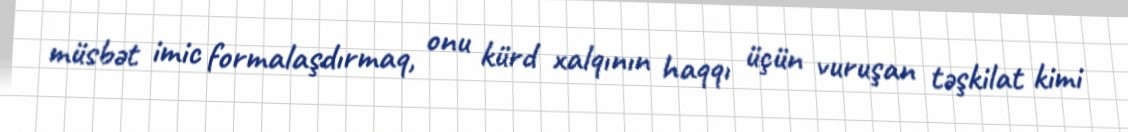
müsbət imic formalaşdırmaq, onu kürd xalqının haqqı üçün vuruşan təşkilat kimi